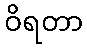
ဝိရတာ